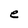
Character: e